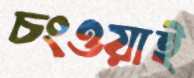
চংওয়াই